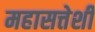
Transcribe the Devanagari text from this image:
महासत्तेशी